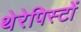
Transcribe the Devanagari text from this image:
थेरेपिस्टों